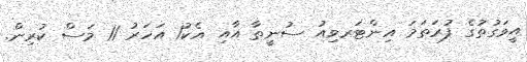
އީވަގުތުގެ ފުރަތަމަ އިންޓަރވިއު ސުނީތާ އާއި އެކު1 އަހަރު 11 މަސް ކުރިން.